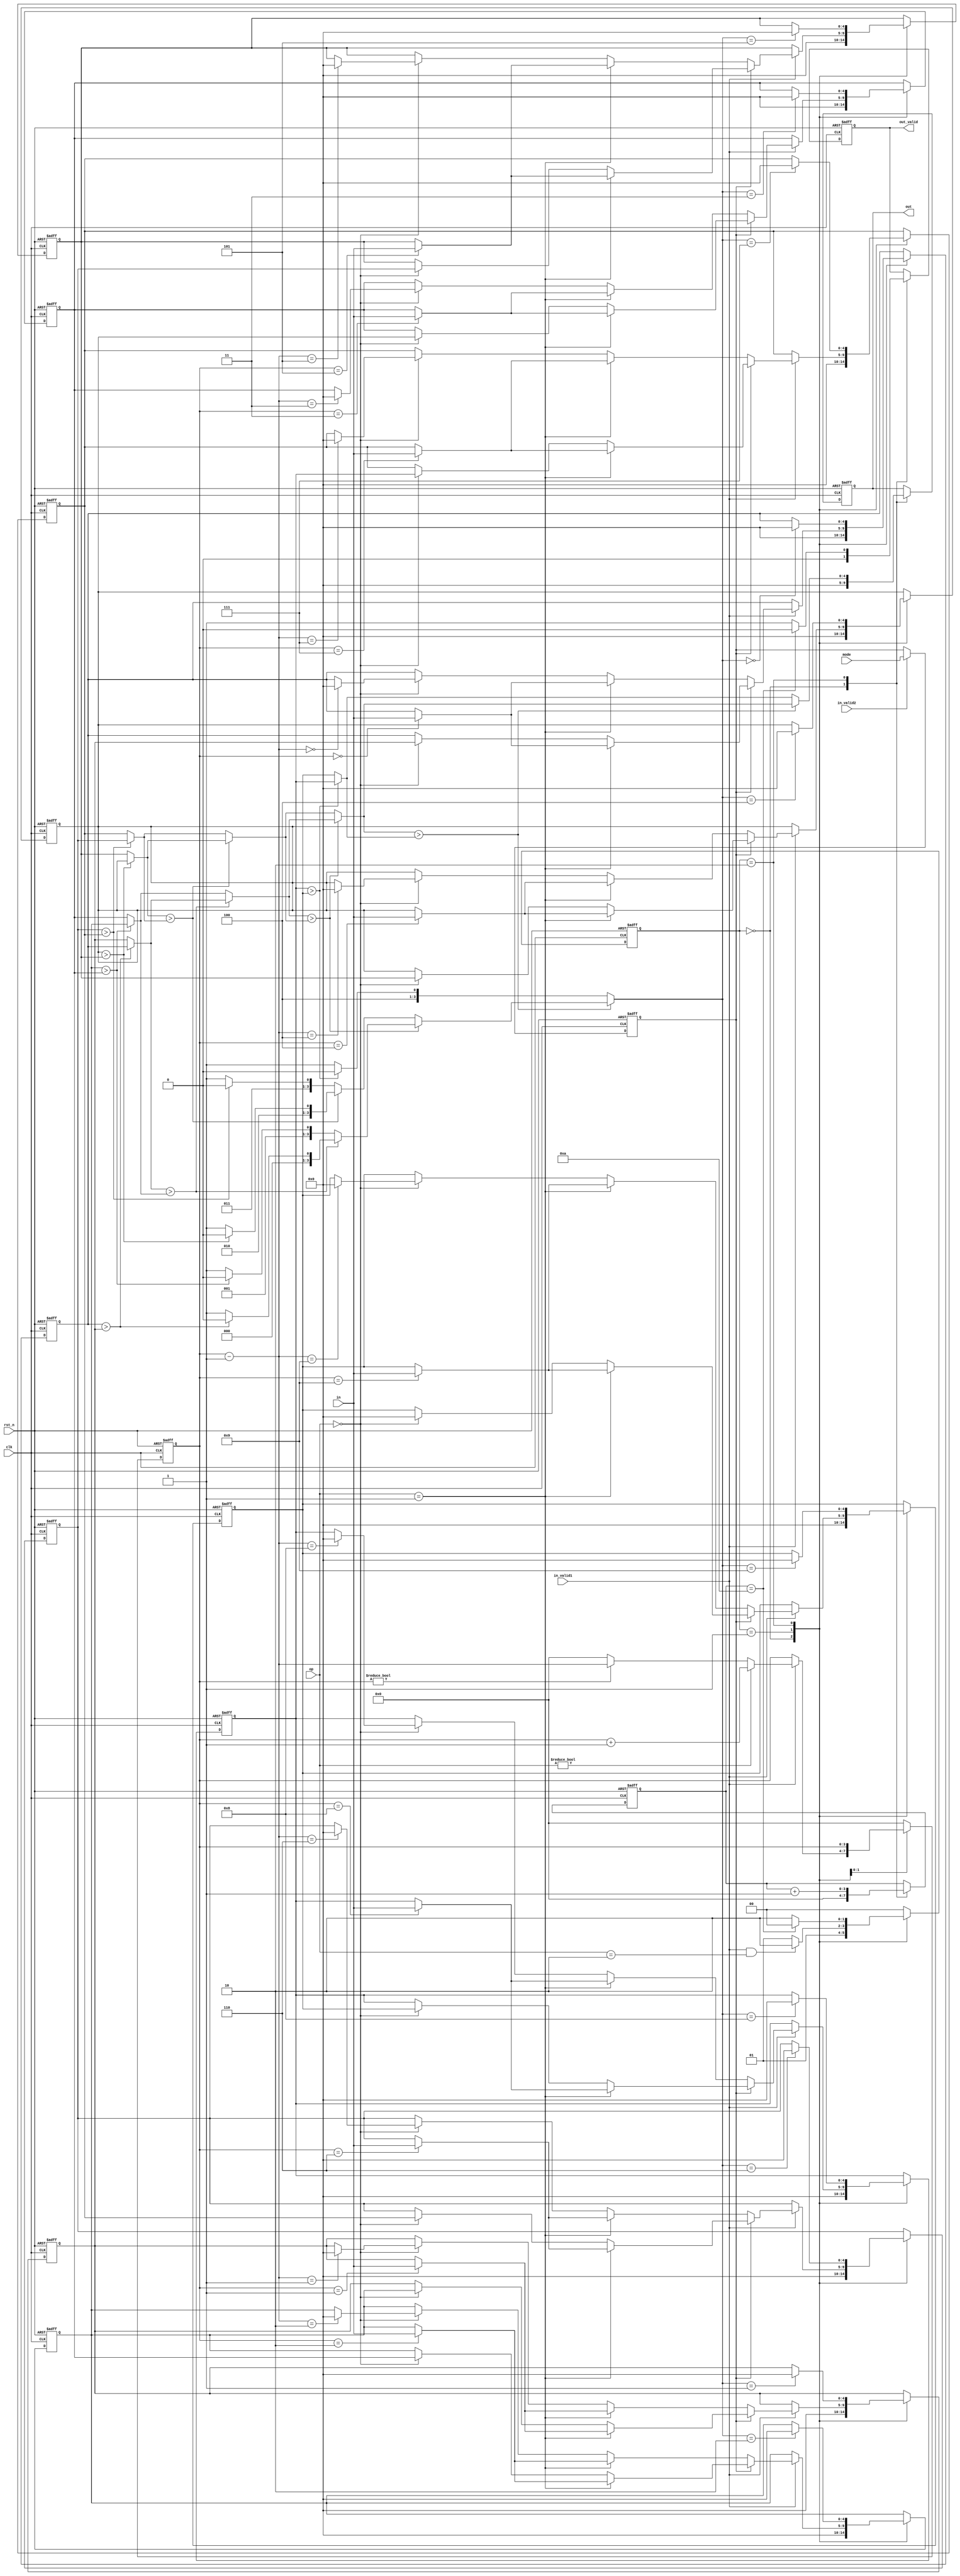
module SORT(
  clk,
  rst_n,
  in_valid1,
  in_valid2,
  in,
  mode,
  op,
  out_valid,
  out
);
input clk;
input rst_n;
input mode;
input in_valid1, in_valid2;
input [4:0] in;
input [1:0] op;
output reg out_valid;
output reg [4:0] out;
parameter IDLE=0;
parameter INPUT=1;
parameter OUTPUT=2;
integer i;
reg mo;
reg [1:0] cState, nState;
reg [3:0] count;
reg [4:0] queue [0:9];
reg [3:0] back;
wire [4:0] l1;
wire [4:0] l2 [0:2];
wire [4:0] l3 [0:3];
wire [4:0] l4 [0:5];
wire [3:0] p1;
wire [3:0] p2 [0:2];
wire [3:0] p3 [0:3];
wire [3:0] p4 [0:5];
assign l1 = l2[0] > l2[1] ? l2[0] : l2[1];
assign p1 = l2[0] > l2[1] ? p2[0] : p2[1];
assign l2[0] = l3[0] > l3[1] ? l3[0] : l3[1];
assign p2[0] = l3[0] > l3[1] ? p3[0] : p3[1];
assign l2[1] = l3[2];
assign p2[1] = p3[2];
assign l3[0] = l4[0] > l4[1] ? l4[0] : l4[1];
assign p3[0] = l4[0] > l4[1] ? p4[0] : p4[1];
assign l3[1] = l4[2] > l4[3] ? l4[2] : l4[3];
assign p3[1] = l4[2] > l4[3] ? p4[2] : p4[3];
assign l3[2] = l4[4];
assign p3[2] = p4[4];
assign l4[0] = queue[0] > queue[1] ? queue[0] : queue[1];
assign p4[0] = queue[0] > queue[1] ? 0 : 1;
assign l4[1] = queue[2] > queue[3] ? queue[2] : queue[3];
assign p4[1] = queue[2] > queue[3] ? 2 : 3;
assign l4[2] = queue[4] > queue[5] ? queue[4] : queue[5];
assign p4[2] = queue[4] > queue[5] ? 4 : 5;
assign l4[3] = queue[6] > queue[7] ? queue[6] : queue[7];
assign p4[3] = queue[6] > queue[7] ? 6 : 7;
assign l4[4] = queue[8] > queue[9] ? queue[8] : queue[9];
assign p4[4] = queue[8] > queue[9] ? 8 : 9;
always@(posedge clk, negedge rst_n)
begin
    if(!rst_n) cState <= IDLE;
    else cState <= nState;
end
always@(*)
begin
    case(cState)
        IDLE: if(in_valid2) nState = INPUT;
            else nState = INPUT;
        INPUT: if(in_valid1 && op == 2) nState = OUTPUT;
            else nState = INPUT;
        OUTPUT: if(count == 10) nState = IDLE;
            else nState = OUTPUT;
        default: nState = IDLE;
    endcase
end
always@(posedge clk, negedge rst_n)
begin
    if(!rst_n) mo <= 0;
    else begin
        if(in_valid2) mo <= mode;
        else mo <= mo;
    end
end
always@(posedge clk, negedge rst_n)
begin
    if(!rst_n) back <= 0;
    else begin
        case(cState)
            IDLE: back <= 0;
            INPUT: begin
                if(in_valid1) begin
                    if(op) begin                    
                        back <= back+1;
                    end else begin                  
                        if(back != 0) back <= back-1;
                        else back <= 0;
                    end
                end
            end
            OUTPUT: back <= back;
            default: back <= 0;
        endcase
    end
end
always@(posedge clk, negedge rst_n)
begin
    if(!rst_n) for(i = 0; i < 10; i=i+1) queue[i] <= 0;
    else begin
        case(cState)
            IDLE: for(i = 0; i < 10; i=i+1) queue[i] <= 0;
            INPUT: begin
                if(in_valid1) begin
                    if(mo) begin                    
                        if(op == 1) queue[back] <= in;
                        else if(op == 0) begin
                            for(i = 0; i < 9; i=i+1) queue[i] <= queue[i+1];
                            queue[9] <= 0;
                        end else for(i = 0; i < 10; i=i+1) queue[i] <= queue[i];
                    end else begin                  
                        if(op == 1) queue[back] <= in;
                        else if(op == 0) queue[back-1] <= 0;
                        else for(i = 0; i < 10; i=i+1) queue[i] <= queue[i];
                    end
                end else for(i = 0; i < 10; i=i+1) queue[i] <= queue[i];
            end
            OUTPUT: queue[p1] <= 0;
            default: for(i = 0; i < 10; i=i+1) queue[i] <= queue[i];
        endcase
    end
end
always@(posedge clk, negedge rst_n)
begin
    if(!rst_n) count <= 0;
    else begin
        case(cState)
            IDLE: count <= 0;
            INPUT: count <= count;
            OUTPUT: begin
                count <= count + 1;
            end
            default: count <= count;
        endcase
    end
end
always@(posedge clk, negedge rst_n)
begin
    if(!rst_n) out_valid <= 0;
    else begin
        case(cState)
            IDLE: out_valid <= 0;
            INPUT: out_valid <= out_valid;
            OUTPUT: begin
                if(count == 10) out_valid <= 0;
                else out_valid <= 1;
            end
            default: out_valid <= out_valid;
        endcase
    end
end
always@(posedge clk, negedge rst_n)
begin
    if(!rst_n) out <= 0;
    else begin
        case(cState)
            IDLE: out <= 0;
            INPUT: out <= out;
            OUTPUT: begin
                out <= l1;
            end
            default: out <= out;
        endcase
    end
end
endmodule